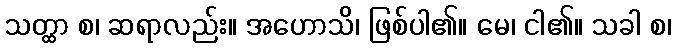
သတ္ထာ စ၊ ဆရာလည်း။ အဟောသိ၊ ဖြစ်ပါ၏။ မေ၊ ငါ၏။ သခါ စ၊